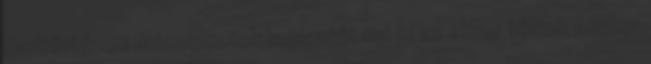
Hadtörténeti Múzeumotok bejáratát ma is az ekkor tőlünk Amikor